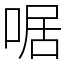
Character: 啹